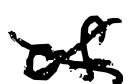
Text: of
Cross-out: cross
Writing tool: digital_black